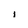
Character: i